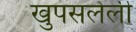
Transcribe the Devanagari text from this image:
खुपसलेली